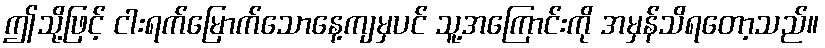
ဤသို့ဖြင့် ငါးရက်မြောက်သောနေ့ကျမှပင် သူ့အကြောင်းကို အမှန်သိရတော့သည်။